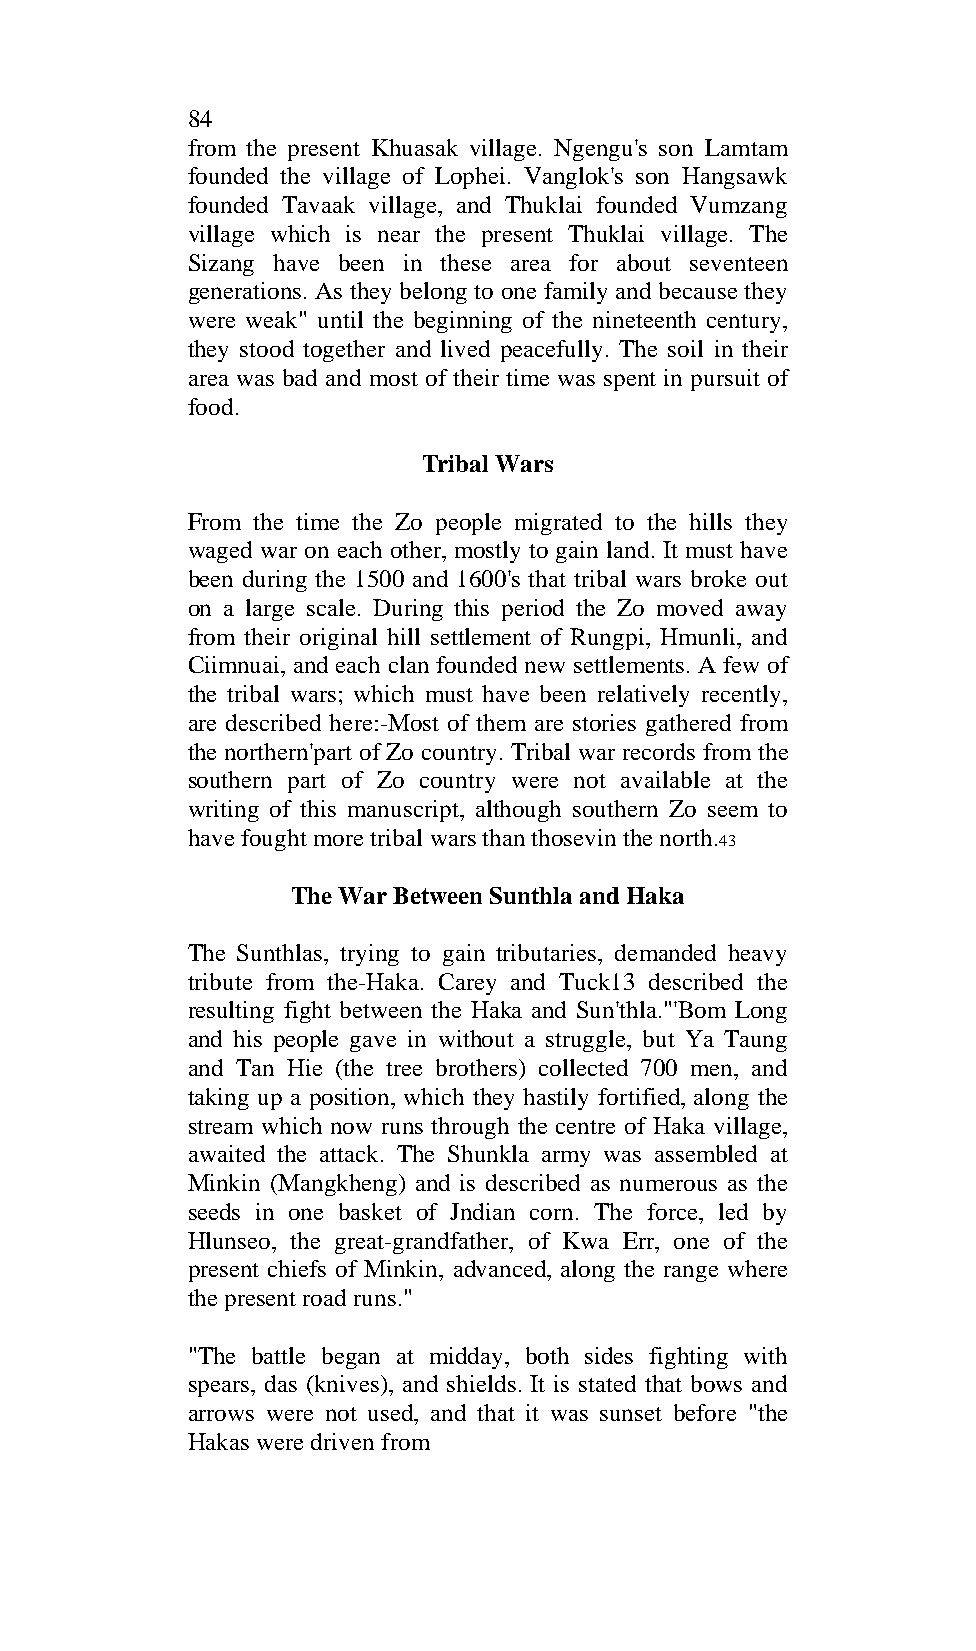
84
 from the present Khuasak village. Ngengu's son Lamtam
 founded the village of Lophei. Vanglok's son Hangsawk
 founded Tavaak village, and Thuklai founded Vumzang
 village which is near the present Thuklai village. The
 Sizang have been in these area for about seventeen
 generations. As they belong to one family and because they
 were weak" until the beginning of the nineteenth century,
 they stood together and lived peacefully. The soil in their
 area was bad and most of their time was spent in pursuit of
 food.
 Tribal Wars
 From the time the Zo people migrated to the hills they
 waged war on each other, mostly to gain land. It must have
 been during the 1500 and 1600's that tribal wars broke out
 on a large scale. During this period the Zo moved away
 from their original hill settlement of Rungpi, Hmunli, and
 Ciimnuai, and each clan founded new settlements. A few of
 the tribal wars; which must have been relatively recently,
 are described here:-Most of them are stories gathered from
 the northern'part of Zo country. Tribal war records from the
 southern part of Zo country were not available at the
 writing of this manuscript, although southern Zo seem to
 have fought more tribal wars than thosevin the north.
 43
 The War Between Sunthla and Haka
 The Sunthlas, trying to gain tributaries, demanded heavy
 tribute from the-Haka. Carey and Tuck13 described the
 resulting fight between the Haka and Sun'thla."'Bom Long
 and his people gave in without a struggle, but Ya Taung
 and Tan Hie (the tree brothers) collected 700 men, and
 taking up a position, which they hastily fortified, along the
 stream which now runs through the centre of Haka village,
 awaited the attack. The Shunkla army was assembled at
 Minkin (Mangkheng) and is described as numerous as the
 seeds in one basket of Jndian corn. The force, led by
 Hlunseo, the great-grandfather, of Kwa Err, one of the
 present chiefs of Minkin, advanced, along the range where
 the present road runs."
 "The battle began at midday, both sides fighting with
 spears, das (knives), and shields. It is stated that bows and
 arrows were not used, and that it was sunset before "the
 Hakas were driven from